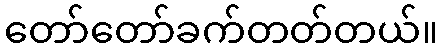
တော်တော်ခက်တတ်တယ်။